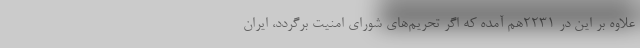
علاوه بر این در ۲۲۳۱هم آمده که اگر تحریم‌های شورای امنیت برگردد، ایران